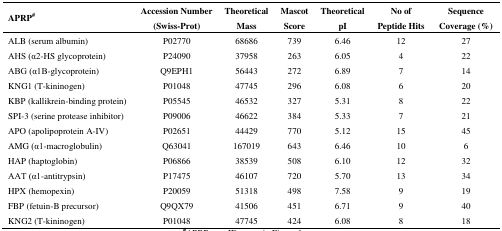
<table><thead><tr><td><b>APRP<sup>#</sup></b></td><td><b>Accession Number (Swiss-Prot)</b></td><td><b>Theoretical Mass</b></td><td><b>Mascot Score</b></td><td><b>Theoretical pI</b></td><td><b>No of Peptide Hits</b></td><td><b>Sequence Coverage (%)</b></td></tr></thead><tbody><tr><td>ALB (serum albumin)</td><td>P02770</td><td>68686</td><td>739</td><td>6.46</td><td>12</td><td>27</td></tr><tr><td>AHS (α2-HS glycoprotein)</td><td>P24090</td><td>37958</td><td>263</td><td>6.05</td><td>4</td><td>22</td></tr><tr><td>ABG (α1B-glycoprotein)</td><td>Q9EPH1</td><td>56443</td><td>272</td><td>6.89</td><td>7</td><td>14</td></tr><tr><td>KNG1 (T-kininogen)</td><td>P01048</td><td>47745</td><td>296</td><td>6.08</td><td>6</td><td>20</td></tr><tr><td>KBP (kallikrein-binding protein)</td><td>P05545</td><td>46532</td><td>327</td><td>5.31</td><td>8</td><td>22</td></tr><tr><td>SPI-3 (serine protease inhibitor)</td><td>P09006</td><td>46622</td><td>384</td><td>5.33</td><td>7</td><td>21</td></tr><tr><td>APO (apolipoprotein A-IV)</td><td>P02651</td><td>44429</td><td>770</td><td>5.12</td><td>15</td><td>45</td></tr><tr><td>AMG (α1-macroglobulin)</td><td>Q63041</td><td>167019</td><td>643</td><td>6.46</td><td>10</td><td>6</td></tr><tr><td>HAP (haptoglobin)</td><td>P06866</td><td>38539</td><td>508</td><td>6.10</td><td>12</td><td>32</td></tr><tr><td>AAT (α1-antitrypsin)</td><td>P17475</td><td>46107</td><td>720</td><td>5.70</td><td>13</td><td>34</td></tr><tr><td>HPX (hemopexin)</td><td>P20059</td><td>51318</td><td>498</td><td>7.58</td><td>9</td><td>19</td></tr><tr><td>FBP (fetuin-B precursor)</td><td>Q9QX79</td><td>41506</td><td>451</td><td>6.71</td><td>9</td><td>40</td></tr><tr><td>KNG2 (T-kininogen)</td><td>P01048</td><td>47745</td><td>424</td><td>6.08</td><td>8</td><td>18</td></tr></tbody></table>